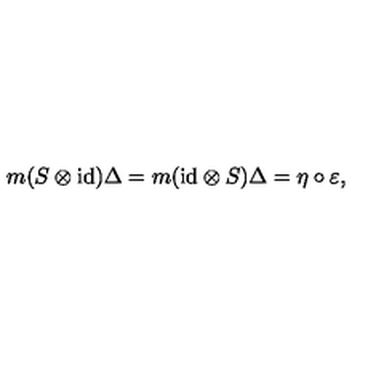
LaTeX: m ( S \otimes \mathrm { i d } ) \Delta = m ( \mathrm { i d } \otimes S ) \Delta = \eta \circ \varepsilon ,